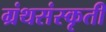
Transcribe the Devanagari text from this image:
ग्रंथसंस्कृती